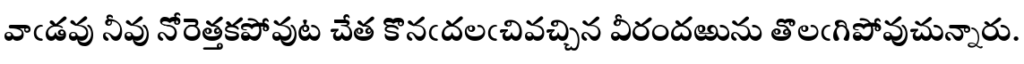
వాఁడవు నీవు నోరెత్తకపోవుట చేత కొనఁదలఁచివచ్చిన వీరందఱును తొలఁగిపోవుచున్నారు.